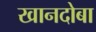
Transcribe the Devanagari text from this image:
खानदोबा